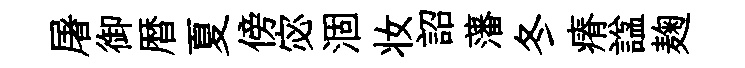
屠御暦夏傍宓涸妆詔藩冬瘠諡麹